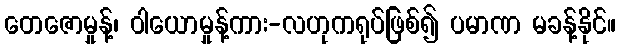
တေဇောမှုန့်၊ ဝါယောမှုန့်ကား-လဟုကရုပ်ဖြစ်၍ ပမာဏ မခန့်နိုင်။